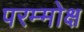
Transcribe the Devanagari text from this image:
परम्मोक्ष